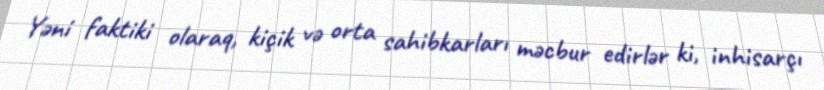
Yəni faktiki olaraq, kiçik və orta sahibkarları məcbur edirlər ki, inhisarçı